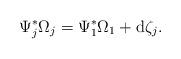
LaTeX: \begin{align*}\Psi_j^{\ast}\Omega _j = \Psi_1^{\ast} \Omega_1 + \mathrm{d}\zeta_j. \end{align*}